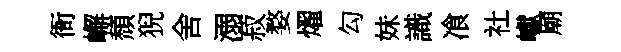
衙嶰頹猊舍溺菽婺燿勾妹識飡社巘廟